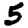
Digit: 5